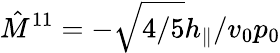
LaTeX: \hat{M}^{11}=-\sqrt{4/5}h_{\| }/v_{0}p_{0}